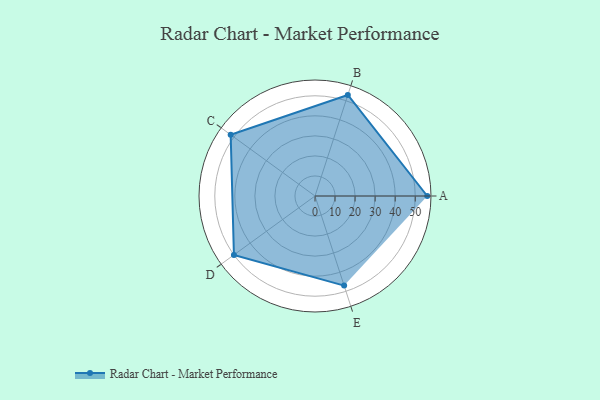
{"axis": {"x": "Skill", "y": "Score"}, "legend": ["Profile"], "data": [{"x": "A", "y": 56.0, "type": "Profile"}, {"x": "B", "y": 53.0, "type": "Profile"}, {"x": "C", "y": 52.0, "type": "Profile"}, {"x": "D", "y": 50.0, "type": "Profile"}, {"x": "E", "y": 47.0, "type": "Profile"}]}